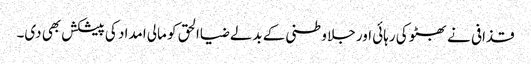
قذافی نے بھٹو کی رہائی اور جلا وطنی کے بدلے ضیاالحق کو مالی امداد کی پیشکش بھی دی۔